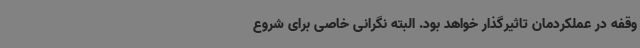
وقفه در عملکردمان تاثیرگذار خواهد بود. البته نگرانی خاصی برای شروع